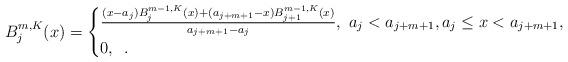
LaTeX: \begin{align*}B_j^{m, K}(x)=\begin{cases}\frac{(x-a_j)B_j^{m-1, K}(x) + (a_{j+m+1}-x)B_{j+1}^{m-1, K}(x) }{a_{j+m+1}-a_j },\ a_j< a_{j+m+1},a_j\leq x < a_{j+m+1},\\0,\ \,.\end{cases}\end{align*}